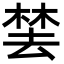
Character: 𬃚